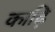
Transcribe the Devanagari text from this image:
काढ़ि